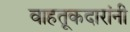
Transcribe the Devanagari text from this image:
वाहतूकदारांनी